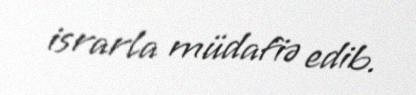
israrla müdafiə edib.